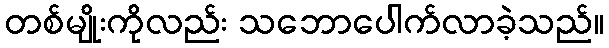
တစ်မျိုးကိုလည်း သဘောပေါက်လာခဲ့သည်။